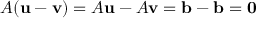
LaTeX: A ( \mathbf { u } - \mathbf { v } ) = A \mathbf { u } - A \mathbf { v } = \mathbf { b } - \mathbf { b } = \mathbf { 0 }